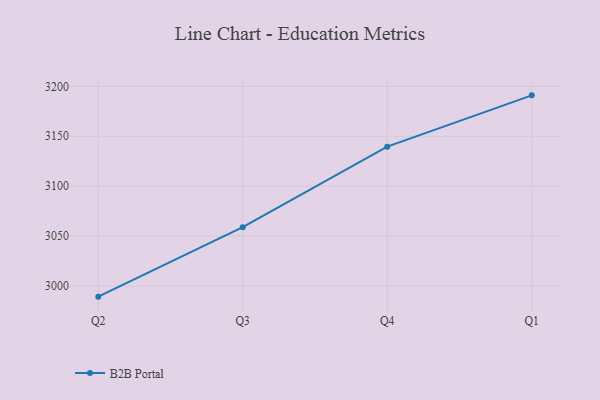
{"axis": {"x": "Quarter", "y": "Humidity (%)"}, "legend": ["B2B Portal"], "data": [{"x": "Q2", "y": 2989.3, "type": "B2B Portal"}, {"x": "Q3", "y": 3058.9, "type": "B2B Portal"}, {"x": "Q4", "y": 3139.6, "type": "B2B Portal"}, {"x": "Q1", "y": 3191.0, "type": "B2B Portal"}]}